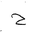
Letter: _ha